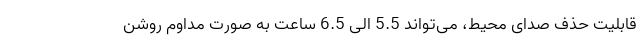
قابلیت حذف صدای محیط، می‌تواند 5.5 الی 6.5 ساعت به صورت مداوم روشن